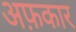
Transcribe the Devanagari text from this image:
अफ़कार